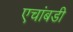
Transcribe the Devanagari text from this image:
एचांबडी